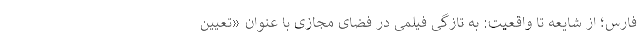
فارس؛ از شایعه تا واقعیت: به تازگی فیلمی در فضای مجازی با عنوان «تعیین